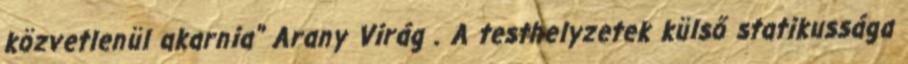
közvetlenül akarnia" Arany Virág . A testhelyzetek külső statikussága